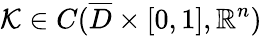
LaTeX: \mathcal{K}\in C(\overline{{D}}\times[0,1],\mathbb{R}^{n})